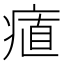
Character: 𭼔